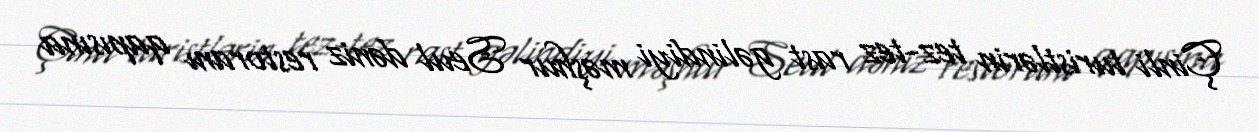
Çinli turistlərin tez-tez rast gəlindiyi məşhur Seul dəniz restoranı qapısına